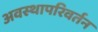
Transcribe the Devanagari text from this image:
अवस्थापरिवर्तन